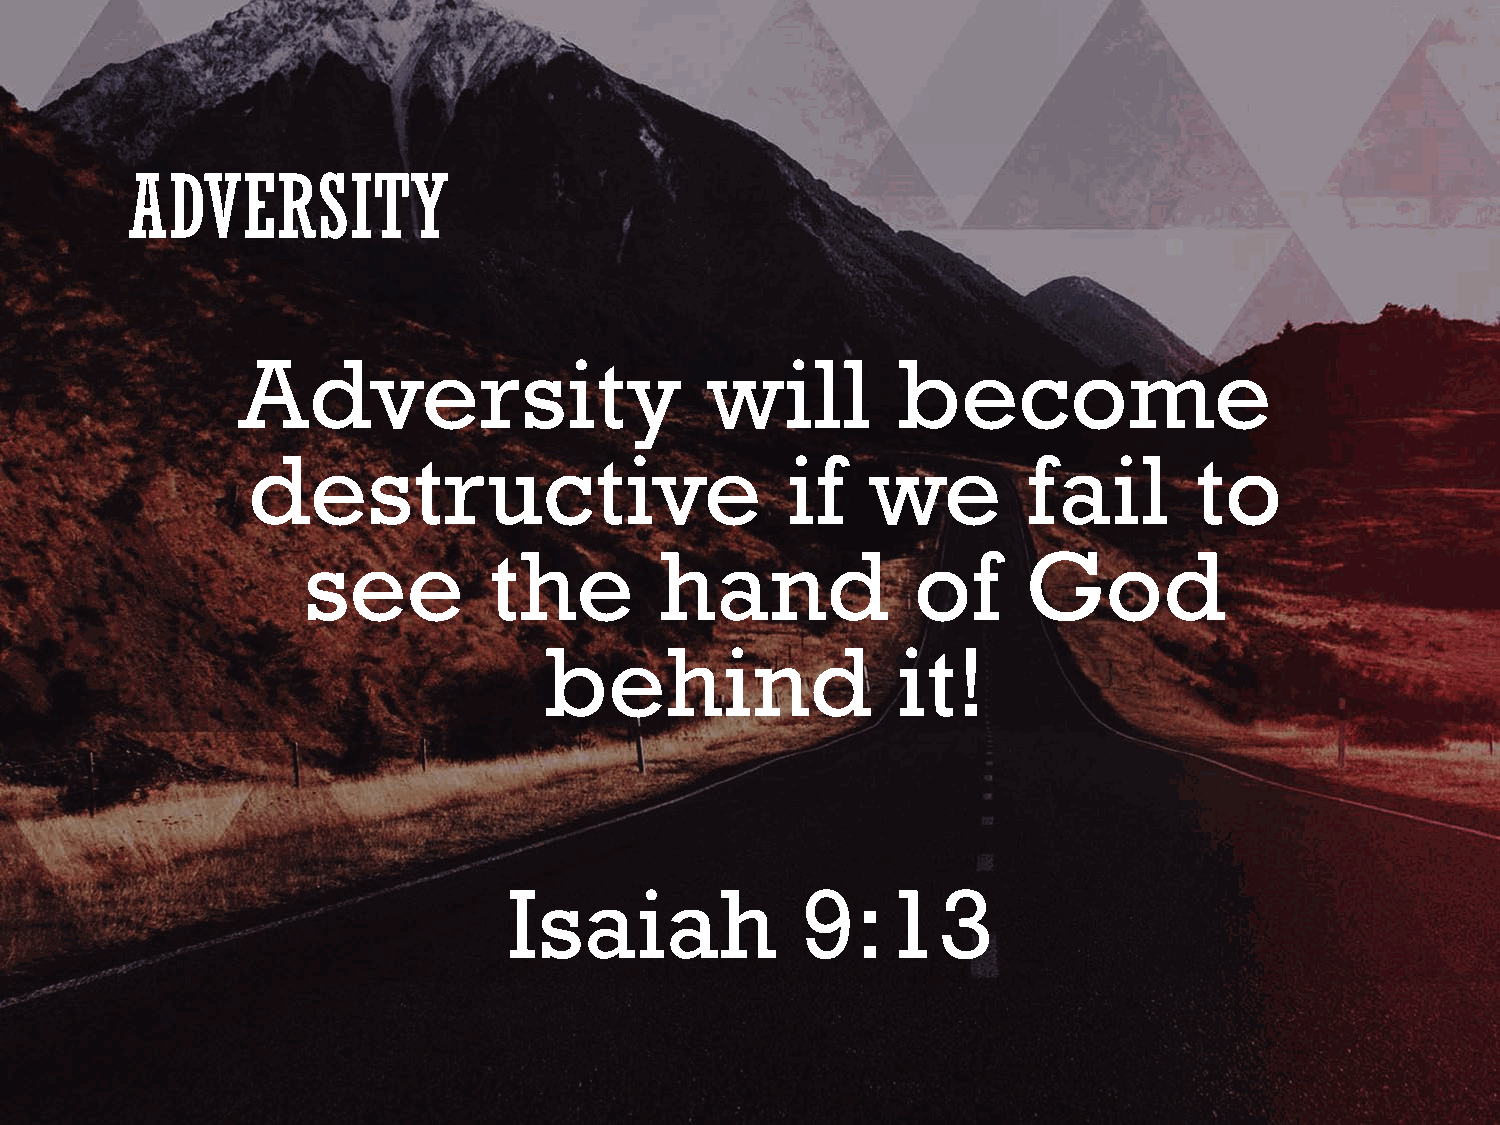
ADVERSITY
 Adversity                      will        become
 destructive                         if    we        fail       to
 see         the         hand             of     God
 behind                 it!
 Isaiah             9:13